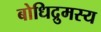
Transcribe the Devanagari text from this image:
बोधिद्रुमस्य